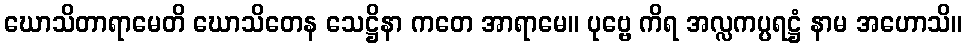
ဃောသိတာရာမေတိ ဃောသိတေန သေဋ္ဌိနာ ကတေ အာရာမေ။ ပုဗ္ဗေ ကိရ အလ္လကပ္ပရဋ္ဌံ နာမ အဟောသိ။